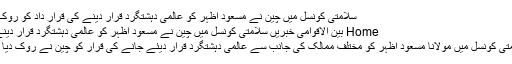
سلامتی کونسل میں چین نے مسعود اظہر کو عالمی دہشتگرد قرار دینے کی قرار داد کو روک دیا
Home بین الاقوامی خبریں سلامتی کونسل میں چین نے مسعود اظہر کو عالمی دہشتگرد قرار دینے...
سلامتی کونسل میں مولانا مسعود اظہر کو مختلف ممالک کی جانب سے عالمی دہشتگرد قرار دیئے جانے کی قرار کو چین نے روک دیا ہے۔